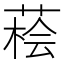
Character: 𦷭